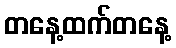
တနေ့ထက်တနေ့